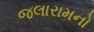
જલારામનો